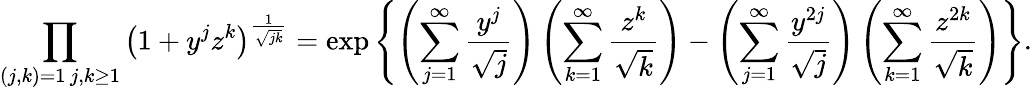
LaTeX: \prod_{\substack{(j,k)=1\, j,k\geq 1}}\left(1+y^{j}z^{k}\right)^{\frac{1}{\sqrt{jk}}}=\exp\left\{ \left(\sum_{j=1}^{\infty}\frac{y^{j}}{\sqrt{j}}\right)\left(\sum_{k=1}^{\infty}\frac{z^{k}}{\sqrt{k}}\right)-\left(\sum_{j=1}^{\infty}\frac{y^{2j}}{\sqrt{j}}\right)\left(\sum_{k=1}^{\infty}\frac{z^{2k}}{\sqrt{k}}\right)\right\} .